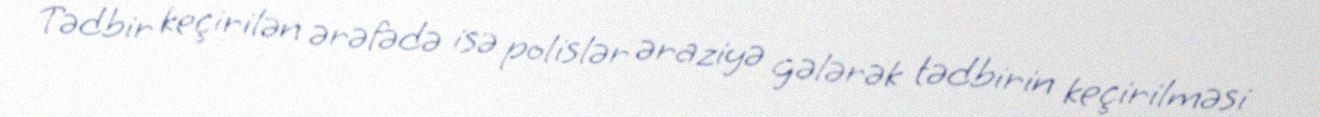
Tədbir keçirilən ərəfədə isə polislər əraziyə gələrək tədbirin keçirilməsi